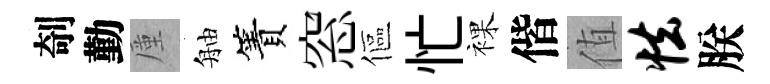
剞勤厪舳簀窓傴忙裸偕值怯朕